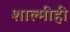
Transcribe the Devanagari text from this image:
शाल्मीही